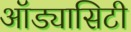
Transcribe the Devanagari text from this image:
ऑड्यासिटी